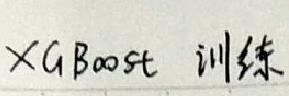
XGboost 训练